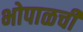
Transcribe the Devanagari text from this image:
भोपाळची